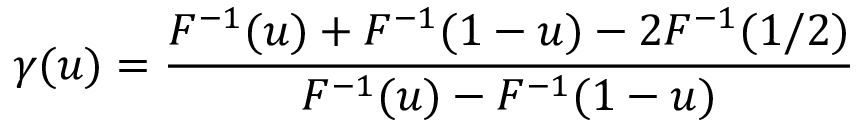
\gamma ( u ) = { \frac { F ^ { - 1 } ( u ) + F ^ { - 1 } ( 1 - u ) - 2 F ^ { - 1 } ( 1 / 2 ) } { F ^ { - 1 } ( u ) - F ^ { - 1 } ( 1 - u ) } }